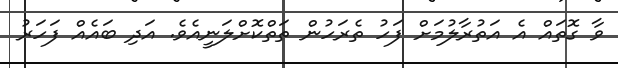
ވާ ގޮތައް އެ އަތުރާލުމަށް ފަހު ތެރަހުން ތަތްކޮށްލަނީއެވެ. އަދި ބައެއް ފަހަރު